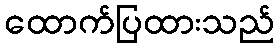
ထောက်ပြထားသည်